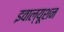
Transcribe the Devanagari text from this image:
इवाल्यूशन